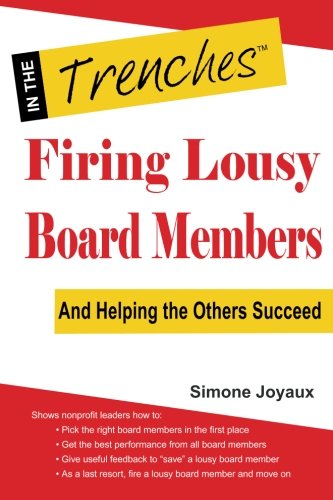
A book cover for Firing Lousy Board Members: And Helping the Others Succeed; Simone Joyaux; Business & Money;